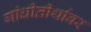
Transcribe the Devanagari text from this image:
गांधीतीर्थावर